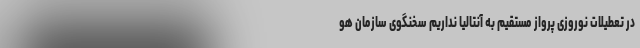
در تعطیلات نوروزی پرواز مستقیم به آنتالیا نداریم سخنگوی سازمان هو